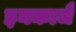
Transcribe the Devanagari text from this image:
इनकाजै